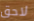
لاحق